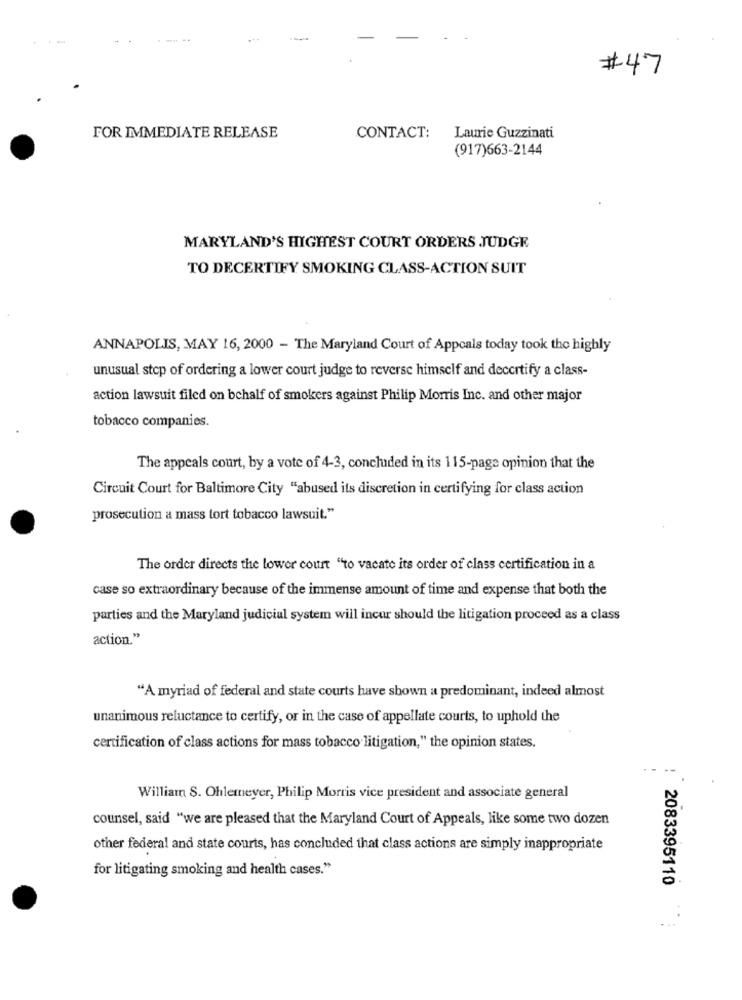
# 47
FOR IMMEDIATE RELEASE
CONTACT:
Laurie Guzzinati
(917)663-2144
MARYLAND'S HIGHEST COURT ORDERS JUDGE
TO DECERTIFY SMOKING CLASS-ACTION SUIT
ANNAPOLIS, MAY 16, 2000 - The Maryland Court of Appeals today took the highly
unusual stop of ordering a lower court judge to reverse himself and decertify a class-
action lawsuit filed on behalf of smokers against Philip Morris Inc. and other major
tobacco companies.
The appeals court, by a vote of 4-3, concluded in its 115-page opinion that the
Circuit Court for Baltimore City "abused its discretion in certifying for class action
prosecution a mass tort tobacco lawsuit."
The order directs the lower court "to vacate its order of class certification in a
case so extraordinary because of the immense amount of time and expense that both the
parties and the Maryland judicial system will incur should the litigation proceed as a class
action."
"A myriad of federal and state courts have shown a predominant, indeed almost
unanimous reluctance to certify, or in the case of appellate courts, to uphold the
certification of class actions for mass tobacco litigation," the opinion states.
William S. Ohlemeyer, Philip Morris vice president and associate general
counsel, said "we are pleased that the Maryland Court of Appeals, like some two dozen
other federal and state courts, has concluded that class actions are simply inappropriate
for litigating smoking and health cases."
2083395110